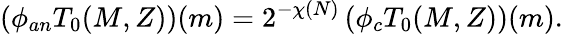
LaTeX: \left(\phi_{an}T_{0}(M,Z)\right)(m)=2^{-\chi(N)}\left(\phi_{c}T_{0}(M,Z)\right)(m).